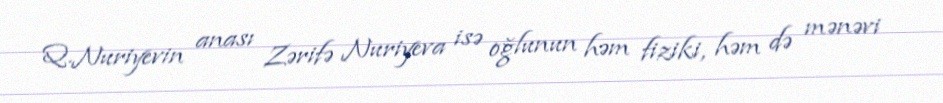
Q.Nuriyevin anası Zərifə Nuriyeva isə oğlunun həm fiziki, həm də mənəvi